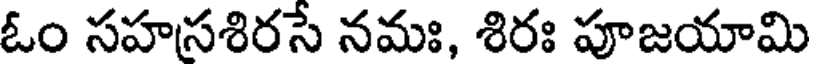
ఓం సహసశిరసే నమః, శిరః పూజయామి